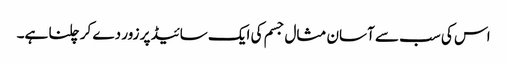
اس کی سب سے آسان مثال جسم کی ایک سائیڈ پر زور دے کر چلنا ہے۔